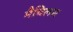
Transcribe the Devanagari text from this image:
मैचिलस